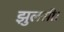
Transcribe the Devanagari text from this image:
झुलसी।